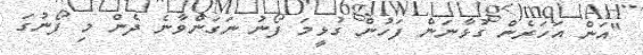
"އަން އަހަރެން ގުޅާނަން ފަހުން ގުޅީމަ ފޯނު ނަގަންވާނެ ދެން މި ފޯނުގަ